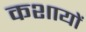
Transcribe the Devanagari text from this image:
कशायों